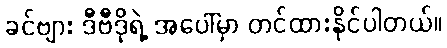
ခင်ဗျား ဒီဗီဒိုရဲ့ အပေါ်မှာ တင်ထားနိုင်ပါတယ်။